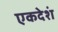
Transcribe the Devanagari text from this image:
एकदेशं